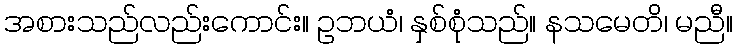
အစားသည်လည်းကောင်း။ ဥဘယံ၊ နှစ်စုံသည်။ နသမေတိ၊ မညီ။